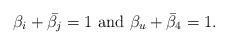
LaTeX: \begin{align*}\beta_i + \bar{\beta_j} = 1 \,\, {\rm and }\,\, \beta_u + \bar{\beta}_4=1.\end{align*}